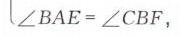
\(\angle BAE=\angle CBF,\)